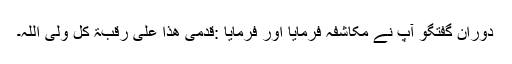
دوران گفتگو آپ نے مکاشفہ فرمایا اور فرمایا :قدمی ھذا علیٰ رقبۃ کل ولی اللّٰہ۔